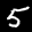
Label: 5